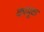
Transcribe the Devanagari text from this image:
कामूक